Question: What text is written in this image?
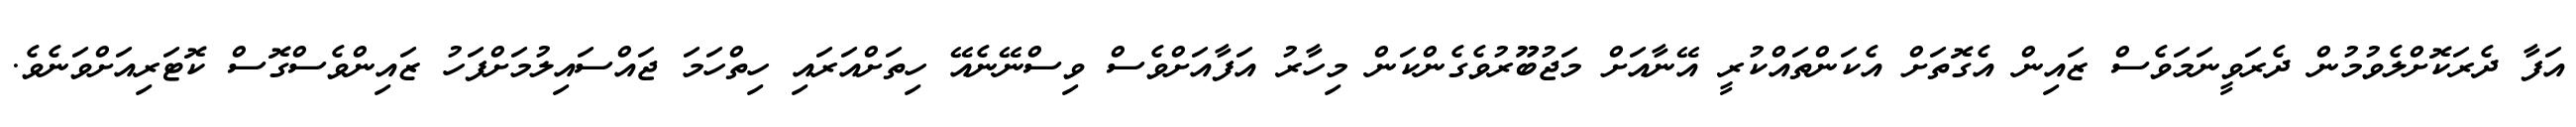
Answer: އަފާ ދެރަކޮށްލެވުމުން ދެރަވީނަމަވެސް ޒައިން އެގޮތަށް އެކަންތައްކުރީ އޭނާއަށް މަޖުބޫރުވެގެންކަން މިހާރު އަފާއަށްވެސް ވިސްނޭނެއޭ ހިތަށްއަރައި ހިތްހަމަ ޖައްސައިލުމަށްފަހު ޒައިންވެސްގޮސް ކޮޓަރިއަށްވަނެވެ.